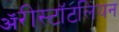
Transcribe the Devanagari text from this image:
ॲरीस्टॉटलियन